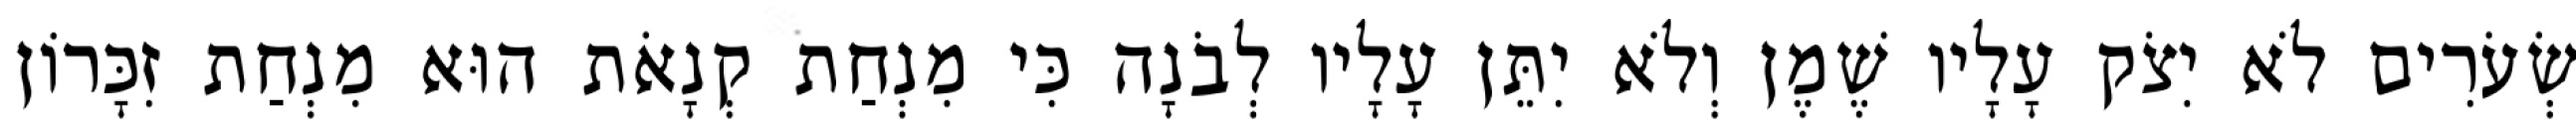
שְׂעֹרִים לֹא יִצֹק עָלָיו שֶׁמֶן וְלֹא יִתֵּן עָלָיו לְבֹנָה כִּי מִנְחַת קְנָאֹת הוּא מִנְחַת זִכָּרוֹן